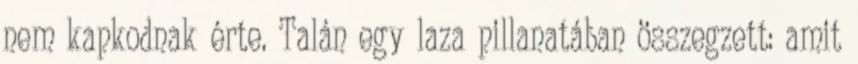
nem kapkodnak érte. Talán egy laza pillanatában összegzett: amit